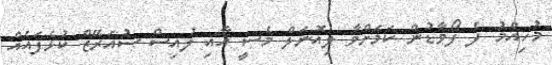
މުހިއްމު ދެ ފޯވާޑުން ކަމަށްވާ ލިއޮނަލް މެސީ އާއި ލުއިސް ސުއަރޭޒް ކުޅެފައެއް